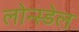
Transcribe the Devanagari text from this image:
लोन्स्डेल